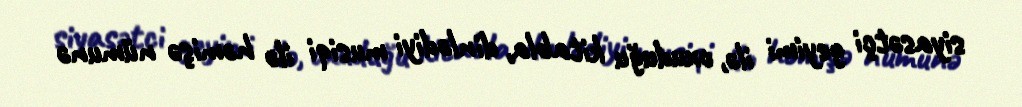
siyasətçi geyimi ilə, oxuduğu kitabla, dinlədiyi musiqi ilə həmişə nümunə